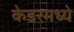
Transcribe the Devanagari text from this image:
केडरमध्ये